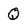
Character: Q